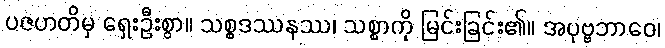
ပဇဟတိမှ ရှေးဦးစွာ။ သစ္စဒဿနဿ၊ သစ္စာကို မြင်းခြင်း၏။ အပုဗ္ဗဘာဝေ၊